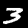
Label: 3